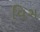
વિગ